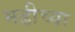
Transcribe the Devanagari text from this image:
मढीच्या